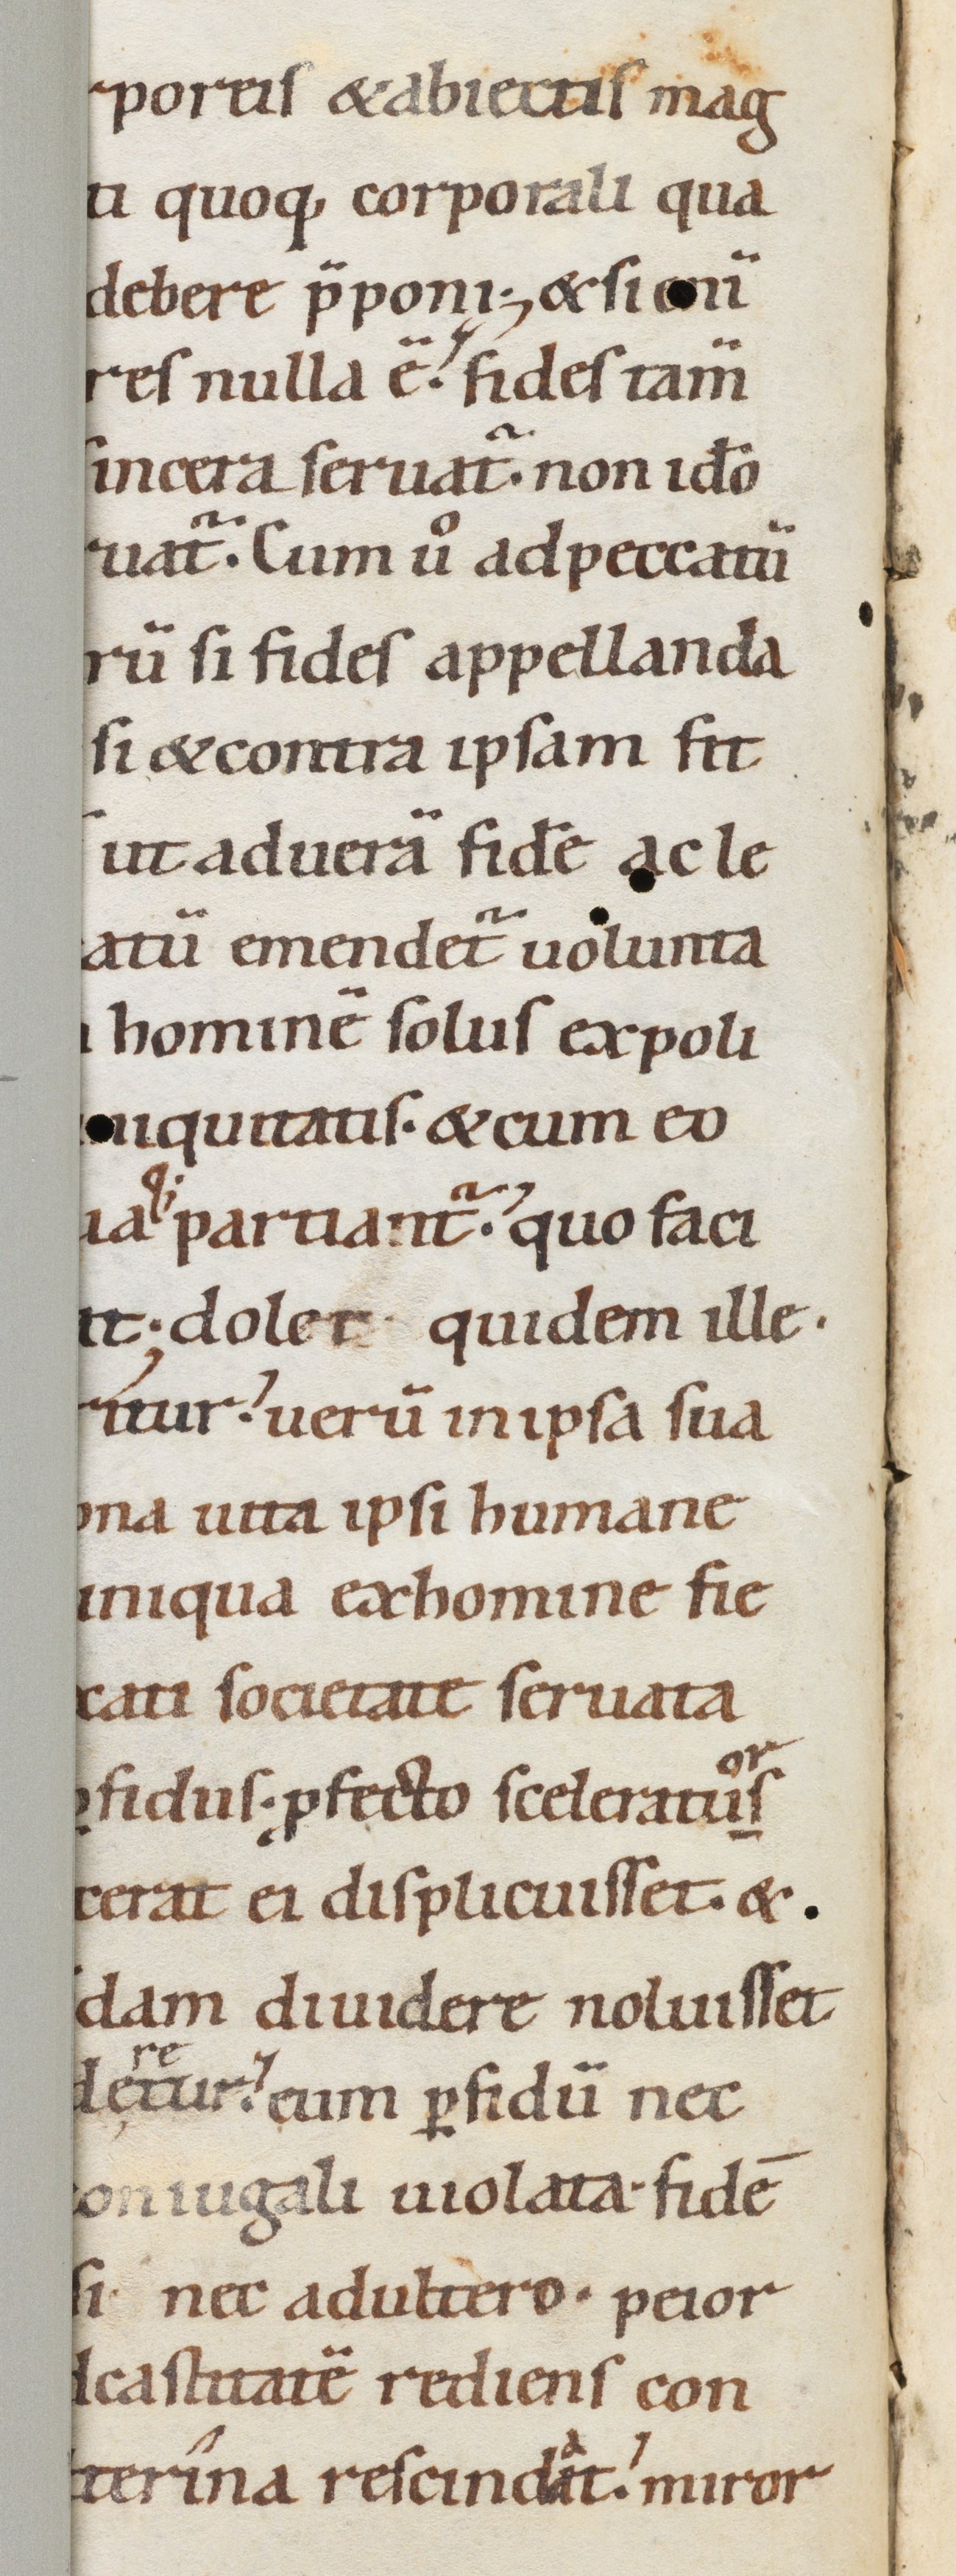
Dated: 1080–1096